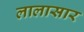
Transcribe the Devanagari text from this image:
लालासार